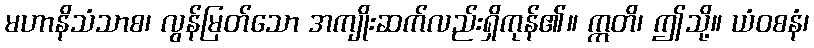
မဟာနိသံသာစ၊ လွန်မြတ်သော အကျိုးဆက်လည်းရှိကုန်၏။ ဣတိ၊ ဤသို့။ ယံဝစနံ၊